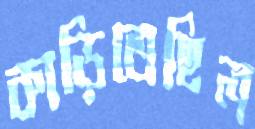
কাড়িতেছিল